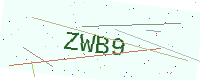
Text: ZWB9